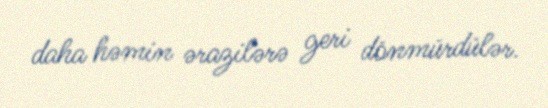
daha həmin ərazilərə geri dönmürdülər.